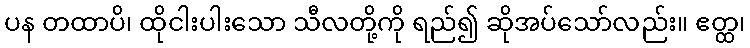
ပန တထာပိ၊ ထိုငါးပါးသော သီလတို့ကို ရည်၍ ဆိုအပ်သော်လည်း။ ဧတ္ထ၊